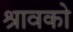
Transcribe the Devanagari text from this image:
श्रावको